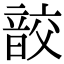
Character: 𩐟